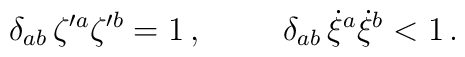
\delta_{ab}\,\zeta{^{\prime a}} \zeta{^{\prime b}} =1\,  ,\hskip 1cm \delta_{ab}\, \dot \xi{^a} \dot \xi{^b} < 1 \, .